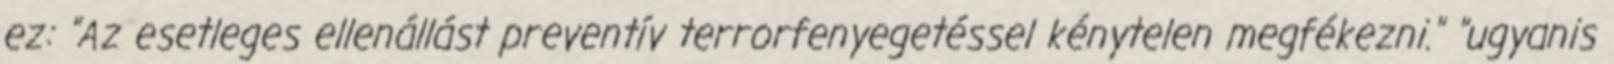
ez: "Az esetleges ellenállást preventív terrorfenyegetéssel kénytelen megfékezni." "ugyanis